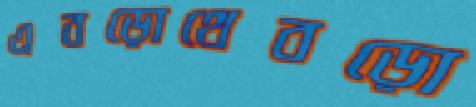
এবড়োথেবড়ো